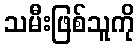
သမီးဖြစ်သူကို